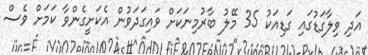
އަދި ވިލާގަޑުގައި ގަޑިއަކު 35 މޭލު ބާރުމިނަކަށް ވައިގަދަވުން އެކަށީގެންވާ ކަމަށް ވެސް